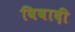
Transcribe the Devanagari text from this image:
विवादी